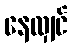
နေလျှင်